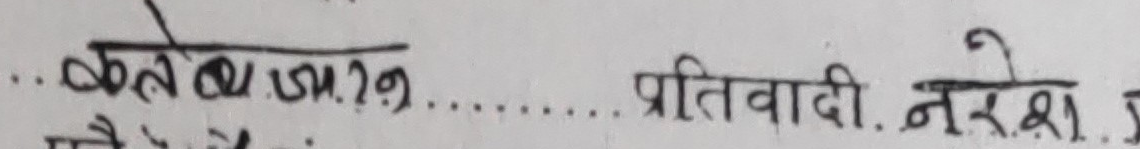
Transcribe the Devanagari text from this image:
कत्तै वडा पत्र. २७ प्रतिवादी. नरेश .इ.